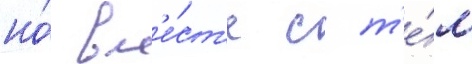
но́ вм'е́ст'е с т'е́м